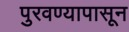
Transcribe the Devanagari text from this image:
पुरवण्यापासून